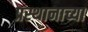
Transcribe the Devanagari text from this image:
प्रस्थानाच्या